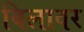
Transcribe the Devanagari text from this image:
बिलावर